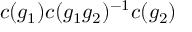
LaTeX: c ( g _ { 1 } ) c ( g _ { 1 } g _ { 2 } ) ^ { - 1 } c ( g _ { 2 } )